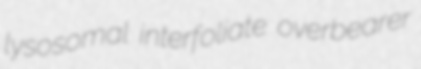
lysosomal interfoliate overbearer